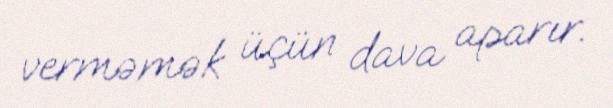
verməmək üçün dava aparır.